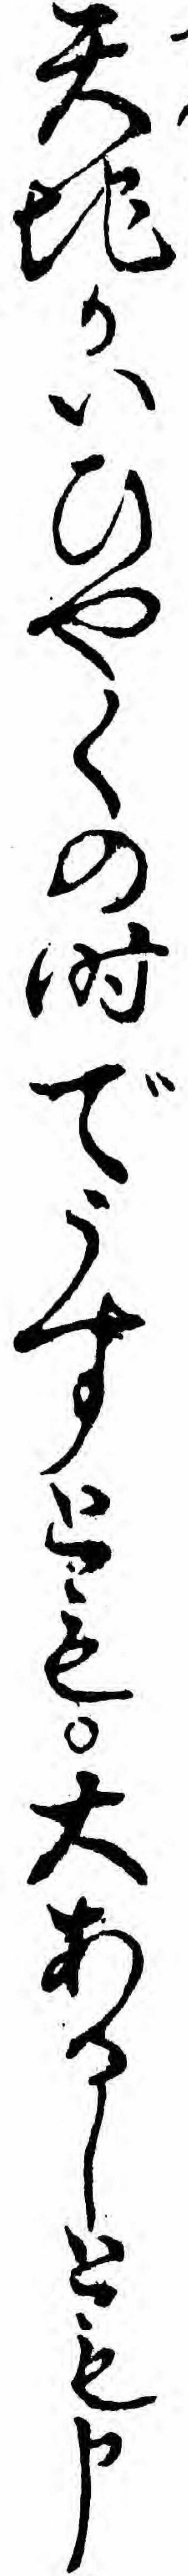
天地かいひやくの時でうすとも大あるしとも申